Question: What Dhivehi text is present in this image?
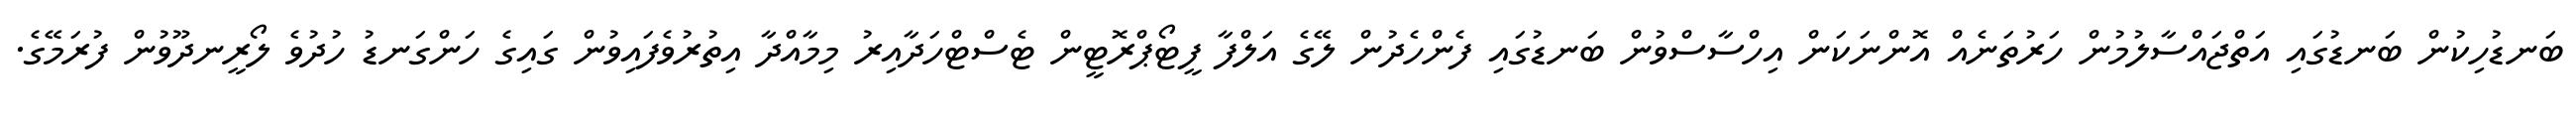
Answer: ބަނޑުހިކުން ބަނޑުގައި އަތްޖައްސާލުމުން ހަރުތަނެއް އޮންނަކަން އިހްސާސްވުން ބަނޑުގައި ފެންހެދުން ލޭގެ އަލްފާ ފީޓޯޕްރޮޓީން ޓެސްޓްހަދާއިރު މިމާއްދާ އިތުރުވެފައިވުން ގައިގެ ހަންގަނޑު ހުދުވެ ލޯރީނދޫވުން ފުރަމޭގެ.